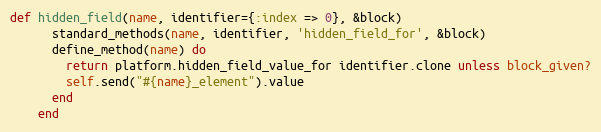
Language: Ruby
def hidden_field(name, identifier={:index => 0}, &block)
      standard_methods(name, identifier, 'hidden_field_for', &block)
      define_method(name) do
        return platform.hidden_field_value_for identifier.clone unless block_given?
        self.send("#{name}_element").value
      end
    end